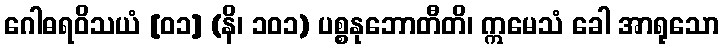
ဂေါဓရဝိသယံ [၀၁] (နိ၊ ၁၀၁) ပစ္စနုဘောတီတိ၊ ဣမေသံ ခေါ အာရုသော